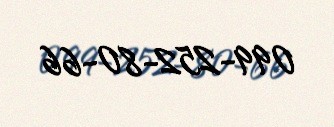
099-252-80-66